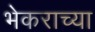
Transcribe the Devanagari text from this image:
भेकराच्या